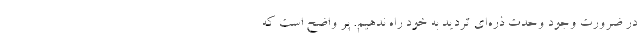
در ضرورت وجود وحدت ذره‌ای تردید به خود راه ندهیم. پر واضح است که